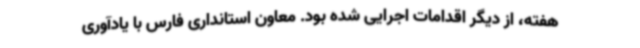
هفته، از دیگر اقدامات اجرایی شده بود. معاون استانداری فارس با یادآوری